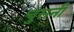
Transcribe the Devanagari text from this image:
चुसनी